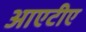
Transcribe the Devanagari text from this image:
आएटीए